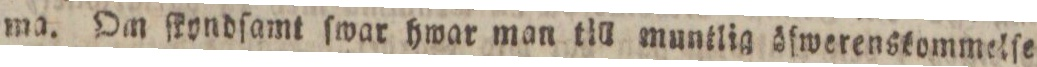
ma. Om ſkyndſamt ſwar hwar man till muntlia öfwerenskommelſe